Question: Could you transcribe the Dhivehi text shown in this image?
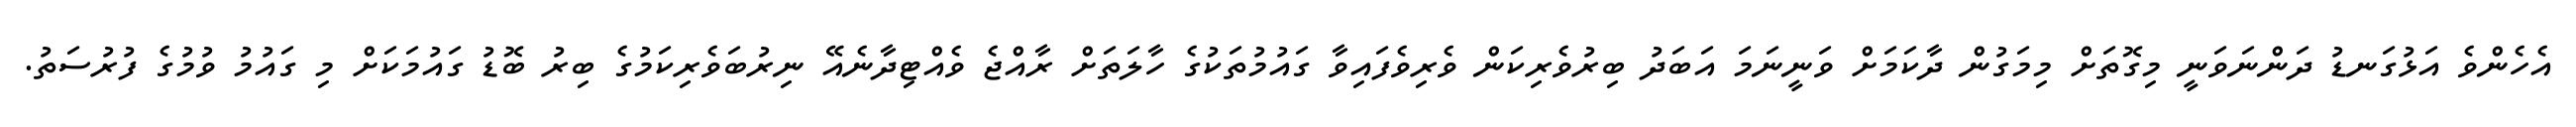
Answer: އެހެންވެ އަޅުގަނޑު ދަންނަވަނީ މިގޮތަށް މިމަގުން ދާކަމަށް ވަނީނަމަ އަބަދު ބިރުވެރިކަން ވެރިވެފައިވާ ގައުމުތަކުގެ ހާލަތަށް ރާއްޖެ ވެއްޓިދާނެއޭ ނިރުބަވެރިކަމުގެ ބިރު ބޮޑު ގައުމަކަށް މި ގައުމު ވުމުގެ ފުރުސަތު.